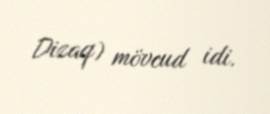
Dizaq) mövcud idi.